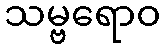
သမ္ဗရောဝ